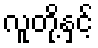
လူတို့နှင့်